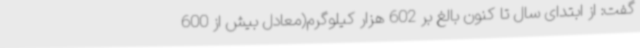
گفت: از ابتدای سال تا کنون بالغ بر 602 هزار کیلوگرم(معادل بیش از 600